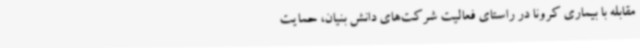
مقابله با بیماری کرونا در راستای فعالیت شرکت‌های دانش بنیان، حمایت